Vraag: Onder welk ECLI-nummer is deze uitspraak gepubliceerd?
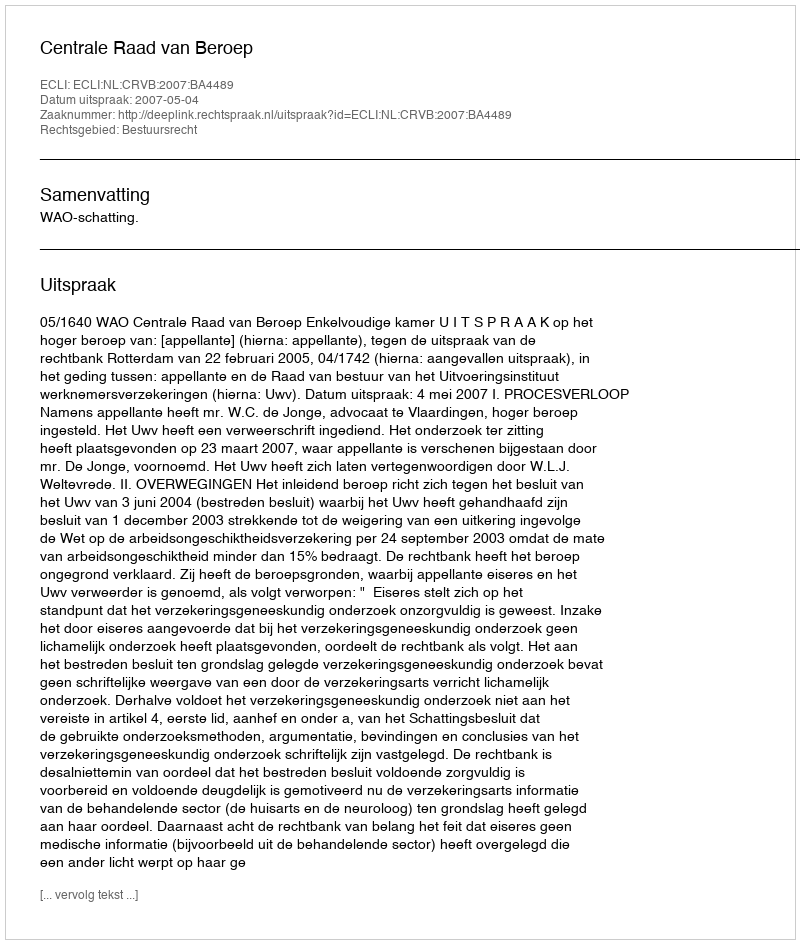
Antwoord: ECLI:NL:CRVB:2007:BA4489